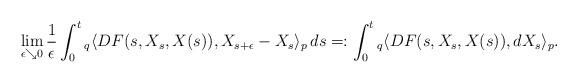
LaTeX: \begin{align*}\lim_{\epsilon \searrow 0} \frac{1}{\epsilon} \int_0^t {}_q \langle DF(s,X_s,X(s)), X_{s+\epsilon}-X_s\rangle_p \,ds =: \int_0^t {}_q\langle DF(s,X_s,X(s)), d X_s\rangle_p.\end{align*}